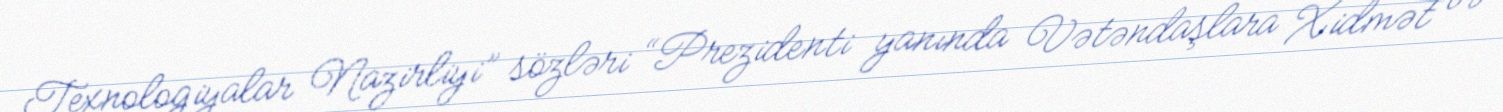
Texnologiyalar Nazirliyi” sözləri “Prezidenti yanında Vətəndaşlara Xidmət və